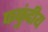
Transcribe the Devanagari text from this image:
फफुंदीय